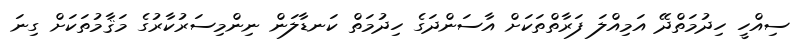
ސިއްހީ ހިދުމަތްދޭ އަމިއްލަ ފަރާތްތަކަށް އާސަންދަގެ ހިދުމަތް ކަނޑާލަން ނިންމިސަރުކާރުގެ މަޤާމުތަކަށް ގިނަ